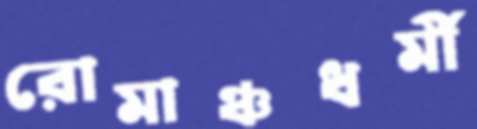
রোমাঞ্চধর্মী